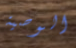
الوصية